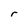
Character: r